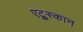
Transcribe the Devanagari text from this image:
एट्रुस्कान